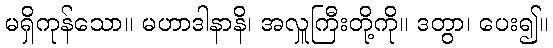
မရှိကုန်သော။ မဟာဒါနာနိ၊ အလှူကြီးတို့ကို။ ဒတွာ၊ ပေး၍။